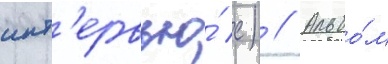
инт'ервью́ с) // Альбо́м